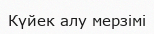
Күйек алу мерзімі